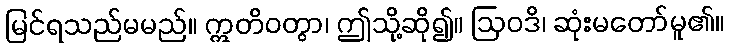
မြင်ရသည်မမည်။ ဣတိဝတွာ၊ ဤသို့ဆို၍။ ဩဝဒိ၊ ဆုံးမတော်မူ၏။